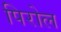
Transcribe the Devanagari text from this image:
पिरोल